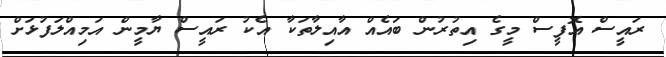
ރައީސް އޮފީސް މީގެ އިތުރުން ބައެއް އާއިލާތަކާ އެކު ރައީސް ޔާމީން އަމިއްލަފުޅަށް